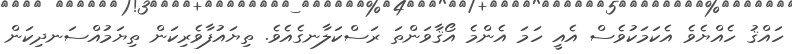
ހައްޤު ހެއްޔެވެ އެކަމަކުވެސް އެއީ ހަމަ އެންމެ އޯޤާވަންތަ ރަސްކަލާނގެއެވެ. ތިޔައުފާވެރިކަން ތިޔަމުއްސަނދިކަން